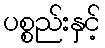
ပစ္စည်းနှင့်